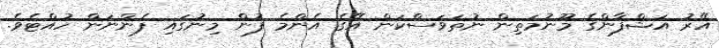
އޭރު އަޝްފާންގެ މޫނުމަތިން ނުތަވަސްކަން އޭގެ އެންމެ ފުން މިނުގައި ފެންނަން ހުއްޓެވެ.